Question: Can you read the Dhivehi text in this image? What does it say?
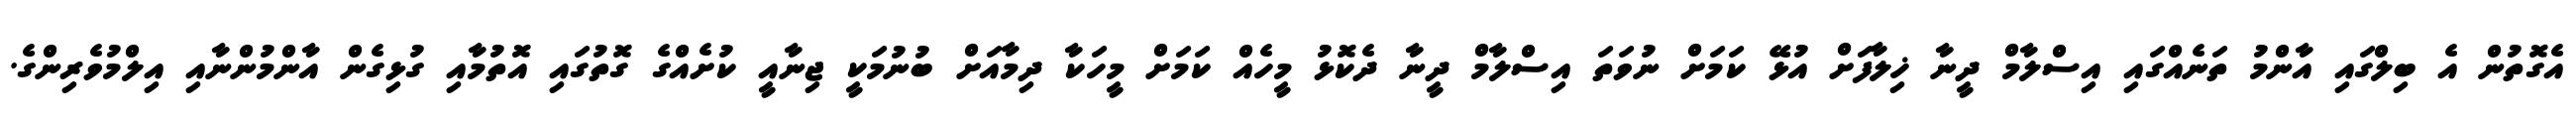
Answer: އެގޮތުން އެ ބިލްގައި އާންމު ތަނެއްގައި އިސްލާމް ދީނާ ޚިލާފަށް އުޅޭ ކަމަށް ނުވަތަ އިސްލާމް ދީނާ ދެކޮޅު މީހެއް ކަމަށް މީހަކާ ދިމާއަށް ބުނުމަކީ ޖިނާއީ ކުށެއްގެ ގޮތުގައި އޮތުމާއި ގުޅިގެން އާންމުންނާއި އިލްމުވެރިންގެ.